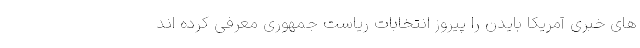
های خبری آمریکا بایدن را پیروز انتخابات ریاست جمهوری معرفی کرده اند